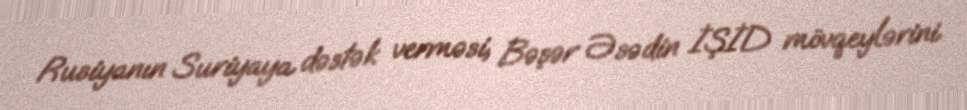
Rusiyanın Suriyaya dəstək verməsi, Bəşər Əsədin İŞİD mövqeylərini